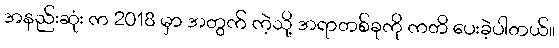
အနည်းဆုံး က 2018 မှာ အတွက် ကဲ့သို့ အရာတစ်ခုကို ကတိ ပေးခဲ့ပါတယ်။